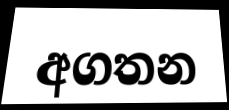
අගතන